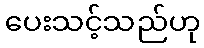
ပေးသင့်သည်ဟု